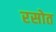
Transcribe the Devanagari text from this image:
रसोत